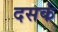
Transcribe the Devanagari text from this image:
दसकं